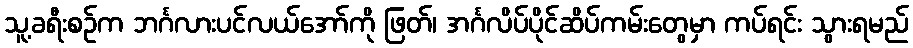
သူ့ခရီးစဉ်က ဘင်္ဂလားပင်လယ်အော်ကို ဖြတ်၊ အင်္ဂလိပ်ပိုင်ဆိပ်ကမ်းတွေမှာ ကပ်ရင်း သွားရမည်